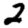
Digit: 2